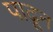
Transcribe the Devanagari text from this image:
पाढून